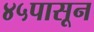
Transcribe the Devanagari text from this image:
४५पासून